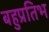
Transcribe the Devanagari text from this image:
बहुप्रतिभ